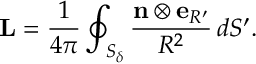
{ \bf L } = \frac { 1 } { 4 \pi } \oint _ { S _ { \delta } } \frac { { \bf n } \otimes { \bf e } _ { R ^ { \prime } } } { R ^ { 2 } } \, d S ^ { \prime } .